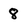
Character: 8